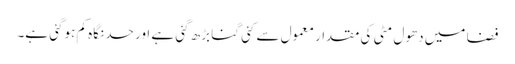
فضا میں دھول مٹی کی مقدار معمول سے کئی گنا بڑھ گئی ہے اور حد نگاہ کم ہوگئی ہے۔